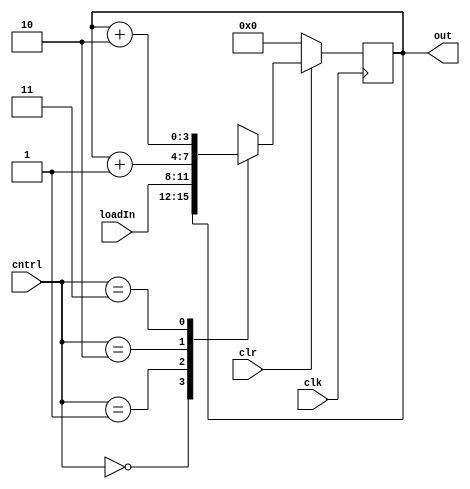
`timescale 1ns / 1ps
//////////////////////////////////////////////////////////////////////////////////
// Company: University of Kentucky
// 
// Design Name: 
// Module Name:    PC 
// Project Name: 
// Target Devices: 
// Tool versions: 
// Description: 
//
// Dependencies: 
//
// Revision: 
// Revision 0.01 - File Created
// Additional Comments: 
//
//////////////////////////////////////////////////////////////////////////////////
module PC(out, clr, clk, loadIn, cntrl);
	parameter n = 4;
	parameter inc = 2;
	input clr, clk;
	input [n-1:0] loadIn;
	input [1:0] cntrl;
	output reg [n-1:0] out;

	always @(posedge clk)
	begin
		if(~clr) out<=0;
		else begin
			case(cntrl)
				2'b00: out <= out;
				2'b01: out <= loadIn;
				2'b10: out <= out + 1;
				2'b11: out <= out + inc;
			endcase
		end
	end
endmodule